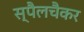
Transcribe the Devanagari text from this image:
स्पैलचैकर